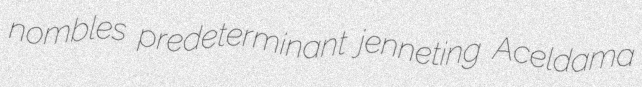
nombles predeterminant jenneting Aceldama